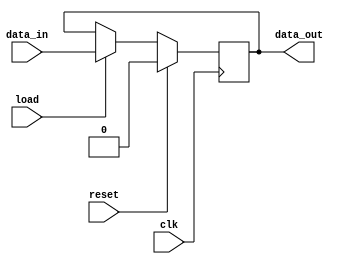
/* registrador unitrio */
module one_bit_register #(parameter N = 64) (
    input wire clk,        /* sinal de clock */
    input wire load,       /* sinal de load */
    input wire reset,      /* sinal de reset */
    input wire data_in,    /* dado para escrita */
    output wire data_out   /* dado de leitura */
);
    /* latch que armazena o valor */
    reg data;
    
    /* iniciar registrador zerado */
    initial begin
        data = 0;
    end

    /* ativao em borda de subida do clock */
    always @(posedge clk) begin
        /* escrever data_in se load = 1 */
        if(load)
            data = data_in;
        
        /* zerar registrador se reset = 1 */
        if(reset)
            data = 0;
    end

    /* data_out recebe valor de sada do latch */
    assign data_out = data;

endmodule